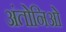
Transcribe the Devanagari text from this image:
अंतोनिओ